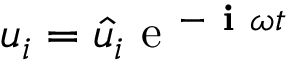
u _ { i } = \hat { u } _ { i } \mathrm { ~ e ~ } ^ { - \textbf { i } \omega t }